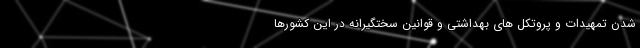
شدن تمهیدات و پروتکل های بهداشتی و قوانین سختگیرانه در این کشورها